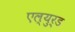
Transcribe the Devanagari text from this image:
एल्युर्ड